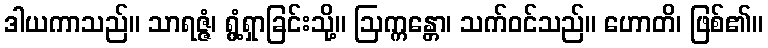
ဒါယကာသည်။ သာရဇ္ဇံ၊ ရွံ့ရှာခြင်းသို့။ ဩက္ကန္တော၊ သက်ဝင်သည်။ ဟောတိ၊ ဖြစ်၏။